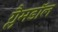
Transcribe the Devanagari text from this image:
ग्लैमडॉल